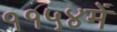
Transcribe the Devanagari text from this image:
११५४में